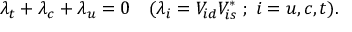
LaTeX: \lambda _ { t } + \lambda _ { c } + \lambda _ { u } = 0 \quad ( \lambda _ { i } = V _ { i d } V _ { i s } ^ { * } \; ; \; i = u , c , t ) .